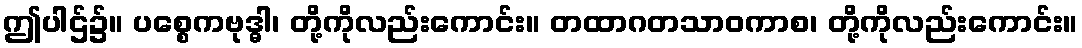
ဤပါဌ်၌။ ပစ္စေကဗုဒ္ဓါ၊ တို့ကိုလည်းကောင်း။ တထာဂတသာဝကာစ၊ တို့ကိုလည်းကောင်း။